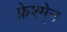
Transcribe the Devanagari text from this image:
फ्रेश्मे्न